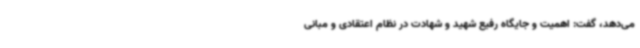
می‌دهد، گفت: اهمیت و جایگاه رفیع شهید و شهادت در نظام اعتقادی و مبانی